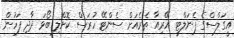
އީގަލްސްގެ ޕެނަލްޓީ އޭރިއާ ތެރެއަށް ސެންޓޭ ހުރަސް ކޮށްލި ބޯޅަ ދާދި ފަހުން